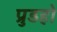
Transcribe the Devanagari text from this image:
प्रुडहो